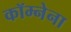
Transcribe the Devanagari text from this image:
कॉम्नेना